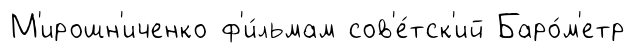
М'ирошн'иченко ф'и́льмам сов'е́тск'ий Баро́м'етр